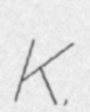
K.